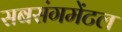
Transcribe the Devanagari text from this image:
सबसंगमेंटल